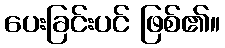
ပေးခြင်းပင် ဖြစ်၏။